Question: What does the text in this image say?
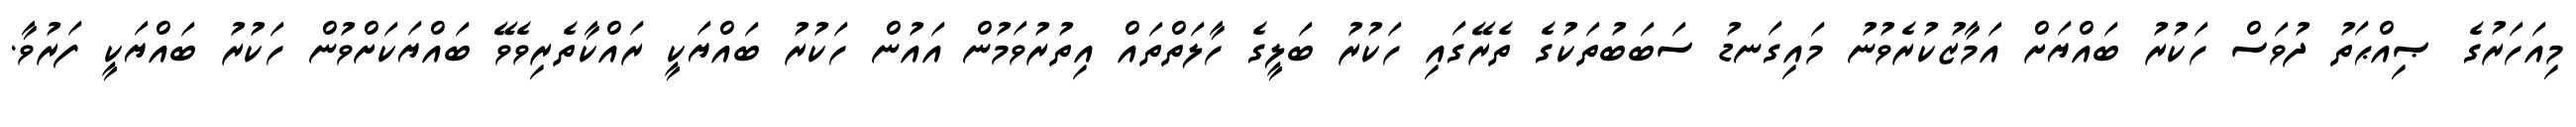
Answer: މިއަހަރުގެ ޞިއްޙަތު ދުވަސް ހަކުރު ބައްޔަށް އަމާޒުކުރެވުނު މައިގަނޑު ސަބަބުތަކުގެ ތެރޭގައި ހަކުރު ބަލީގެ ހާލަތްތައް އިތުރުވަމުން އައުން ހަކުރު ބައްޔަކީ ރައްކާތެރިވެވޭ ބައްޔަކަށްވުން ހަކުރު ބައްޔަކީ ފަރުވާ.